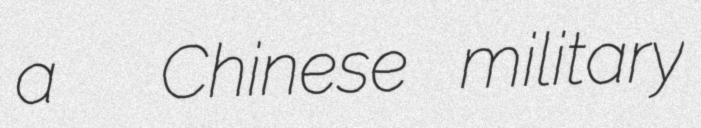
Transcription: a  Chinese military